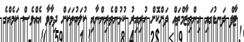
ޓާފް ދަނޑުގައި އިންތިޒާމްތައް ދަށްކޮށް ހުރިއިރު ކުޅުންތެރިންނާއި ކުލަބުތަކަށް ދިމާވާ އެއްވެސް ކަމެއްގެ